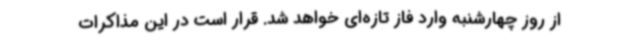
از روز چهارشنبه وارد فاز تازه‌ای خواهد شد. قرار است در این مذاکرات